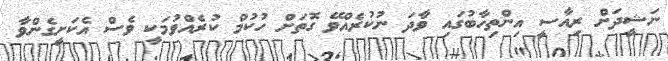
ނަޝީދަށް ރިއާސީ އިންތިހާބުގައި ވާދަ ނުކުރެއްވޭ ގޮތަށް ހުކުމް ކުރެއްވުމަކީ ވެސް އެކަށީގެންވާ